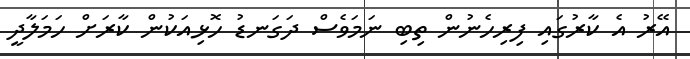
އޭރު އެ ކާރުގައި ފިރިހެނުން ތިބި ނަމަވެސް ދަގަނޑު ހޮޅިއަކުން ކާރަށް ހަމަލާދީ